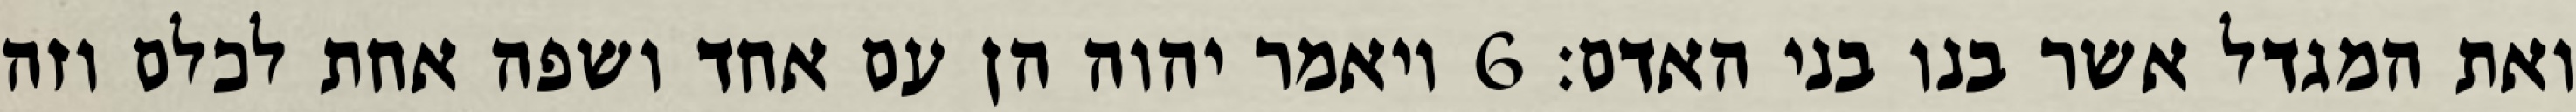
ואת המגדל אשר בנו בני האדם׃ ‎6‏ ויאמר יהוה הן עם אחד ושפה אחת לכלם וזה